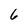
Character: 6